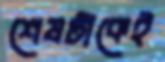
শেষটাকেই